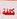
كللة